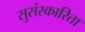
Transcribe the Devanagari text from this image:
सुसंस्कारिता